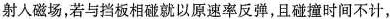
射人磁场，若与挡板相碰就以原速率反弹，且碰撞时间不计，